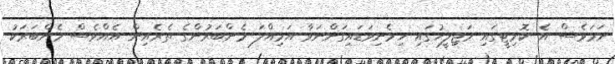
ނަމަވެސް އެ ކޮމިޓީގައި މަޖިލީހުގައި ހިމެނިވަޑައިގަންނަވާ އަމިއްލަ މެންބަރުންގެ ތެރެއިން އެއްވެސް މެންބަރަކު